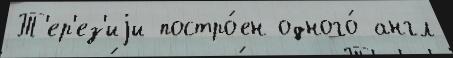
Т'ер'ез'иjи постро́ен одного́ англ